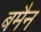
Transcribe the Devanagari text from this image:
बमैन